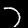
Label: 7